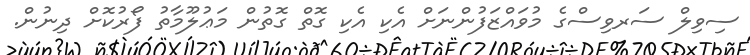
ސިވިލް ސަރވިސްގެ މުވައްޒަފުންނަށް އެކި އެކި ގޮތް ގޮތުން މަޢުލޫމާތު ފޯރުކޮށް ދިނުން.